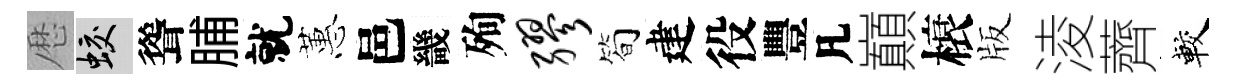
厯蛟聳脯就蕙邑畿殉缪简建役豐凡巔榱版淩薺較